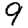
Digit: 9